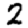
Digit: 2